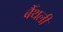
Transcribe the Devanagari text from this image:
बैँथली